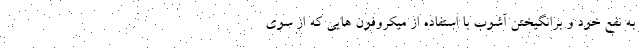
به نفع خود و برانگیختن آشوب با استفاده از میکروفون هایی که از سوی